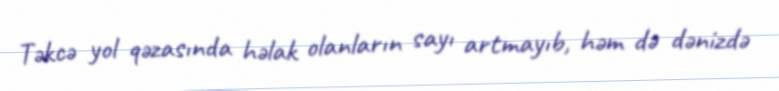
Təkcə yol qəzasında həlak olanların sayı artmayıb, həm də dənizdə